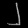
Digit: ၂